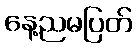
နေ့ညမပြတ်